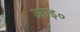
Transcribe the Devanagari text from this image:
आइ०